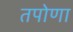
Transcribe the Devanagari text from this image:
तपोणा